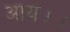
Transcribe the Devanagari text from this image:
आय।।